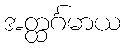
အတ္ထင်္ဂမာယ